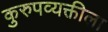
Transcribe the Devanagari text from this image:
कुरुपव्यक्तीला